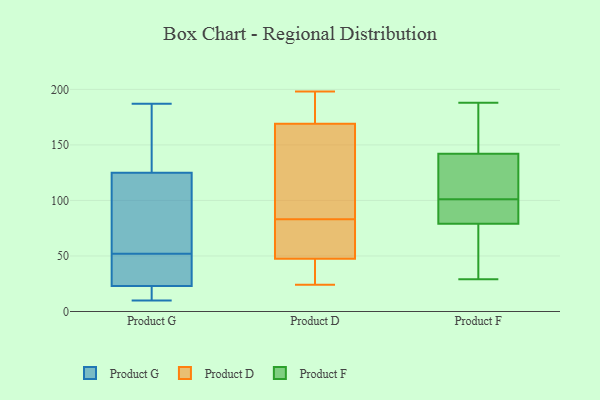
{"axis": {"x": "Inventory Turnover", "y": "Value"}, "legend": ["Product D", "Product F", "Product G"], "data": [{"x": "", "y": 102, "type": "Product G"}, {"x": "", "y": 28, "type": "Product G"}, {"x": "", "y": 17, "type": "Product G"}, {"x": "", "y": 71, "type": "Product G"}, {"x": "", "y": 10, "type": "Product G"}, {"x": "", "y": 131, "type": "Product G"}, {"x": "", "y": 187, "type": "Product G"}, {"x": "", "y": 185, "type": "Product G"}, {"x": "", "y": 40, "type": "Product G"}, {"x": "", "y": 52, "type": "Product G"}, {"x": "", "y": 13, "type": "Product G"}, {"x": "", "y": 140, "type": "Product G"}, {"x": "", "y": 107, "type": "Product G"}, {"x": "", "y": 22, "type": "Product G"}, {"x": "", "y": 26, "type": "Product G"}, {"x": "", "y": 169, "type": "Product D"}, {"x": "", "y": 60, "type": "Product D"}, {"x": "", "y": 196, "type": "Product D"}, {"x": "", "y": 80, "type": "Product D"}, {"x": "", "y": 86, "type": "Product D"}, {"x": "", "y": 30, "type": "Product D"}, {"x": "", "y": 195, "type": "Product D"}, {"x": "", "y": 56, "type": "Product D"}, {"x": "", "y": 61, "type": "Product D"}, {"x": "", "y": 198, "type": "Product D"}, {"x": "", "y": 101, "type": "Product D"}, {"x": "", "y": 142, "type": "Product D"}, {"x": "", "y": 93, "type": "Product D"}, {"x": "", "y": 27, "type": "Product D"}, {"x": "", "y": 49, "type": "Product D"}, {"x": "", "y": 46, "type": "Product D"}, {"x": "", "y": 181, "type": "Product D"}, {"x": "", "y": 45, "type": "Product D"}, {"x": "", "y": 24, "type": "Product D"}, {"x": "", "y": 169, "type": "Product D"}, {"x": "", "y": 29, "type": "Product F"}, {"x": "", "y": 168, "type": "Product F"}, {"x": "", "y": 65, "type": "Product F"}, {"x": "", "y": 96, "type": "Product F"}, {"x": "", "y": 172, "type": "Product F"}, {"x": "", "y": 188, "type": "Product F"}, {"x": "", "y": 129, "type": "Product F"}, {"x": "", "y": 80, "type": "Product F"}, {"x": "", "y": 105, "type": "Product F"}, {"x": "", "y": 97, "type": "Product F"}, {"x": "", "y": 78, "type": "Product F"}, {"x": "", "y": 57, "type": "Product F"}, {"x": "", "y": 130, "type": "Product F"}, {"x": "", "y": 127, "type": "Product F"}, {"x": "", "y": 84, "type": "Product F"}, {"x": "", "y": 154, "type": "Product F"}]}